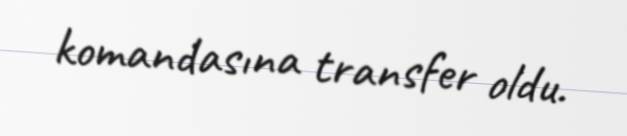
komandasına transfer oldu.